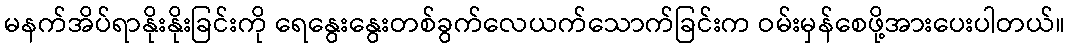
မနက်အိပ်ရာနိုးနိုးခြင်းကို ရေနွေးနွေးတစ်ခွက်လေယက်သောက်ခြင်းက ဝမ်းမှန်စေဖို့အားပေးပါတယ်။